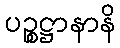
ပဉ္စဋ္ဌာနာနိ